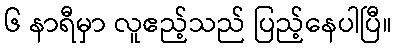
၆ နာရီမှာ လူဧည့်သည် ပြည့်နေပါပြီ။